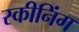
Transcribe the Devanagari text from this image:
स्कीनिंग